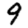
Digit: 9